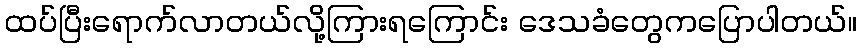
ထပ်ပြီးရောက်လာတယ်လို့ကြားရကြောင်း ဒေသခံတွေကပြောပါတယ်။